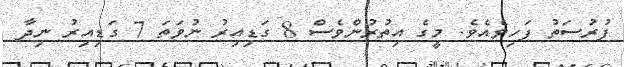
ފުރުސަތު ފަހިވެއެވެ. މީގެ އިތުރުންވެސް 8 ގަޑިއިރު ނުވަތަ 7 ގަޑިއިރު ނިދާ